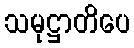
သမုဋ္ဌာတိပေ